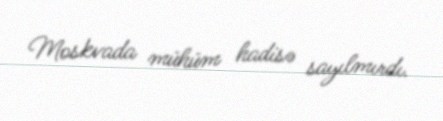
Moskvada mühüm hadisə sayılmırdı.